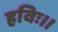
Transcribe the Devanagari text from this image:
हविः।।